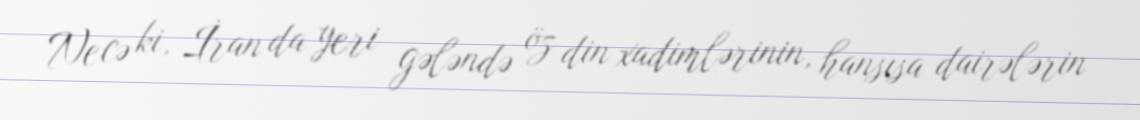
Necə ki, İran da yeri gələndə öz din xadimlərinin, hansısa dairələrin